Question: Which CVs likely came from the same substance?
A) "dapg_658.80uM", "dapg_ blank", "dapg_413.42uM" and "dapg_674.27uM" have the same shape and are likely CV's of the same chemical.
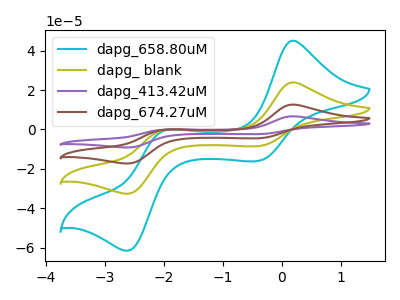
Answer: <think>The cyan curve "dapg_658.80uM" has anodic peaks at (0.20V, 45.05uA) (-1.95V, -0.40uA) and cathodic peaks at (-0.40V, -15.95uA) (-2.60V, -61.55uA). The olive curve "dapg_ blank" has anodic peaks at (0.20V, 23.85uA) (-1.95V, -0.20uA) and cathodic peaks at (-0.40V, -8.45uA) (-2.60V, -32.60uA). The purple curve "dapg_413.42uM" has anodic peaks at (0.20V, 71.60uA) (-1.95V, -0.60uA) and cathodic peaks at (-0.40V, -25.35uA) (-2.60V, -97.80uA). The brown curve "dapg_674.27uM" has anodic peaks at (0.20V, 47.75uA) (-1.95V, -0.40uA) and cathodic peaks at (-0.40V, -16.90uA) (-2.60V, -65.20uA).
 All the peaks in "dapg_658.80uM" have a peak in "dapg_ blank" at the same potential. All the peaks in "dapg_658.80uM" have a peak in "dapg_413.42uM" at the same potential. All the peaks in "dapg_658.80uM" have a peak in "dapg_674.27uM" at the same potential. All the peaks in "dapg_ blank" have a peak in "dapg_413.42uM" at the same potential. All the peaks in "dapg_ blank" have a peak in "dapg_674.27uM" at the same potential. All the peaks in "dapg_413.42uM" have a peak in "dapg_674.27uM" at the same potential.</think>
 <answer>A) "dapg_658.80uM", "dapg_ blank", "dapg_413.42uM" and "dapg_674.27uM" have the same shape and are likely CV's of the same chemical.</answer>
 <eval>A</eval>